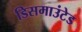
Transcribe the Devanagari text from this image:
डिसमाउंटेड